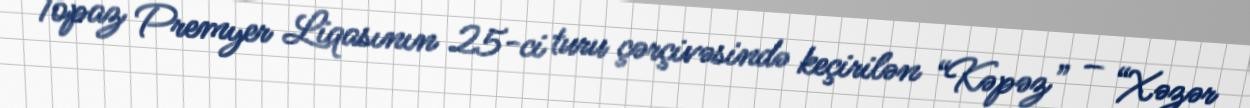
Topaz Premyer Liqasının 25-ci turu çərçivəsində keçirilən “Kəpəz” – “Xəzər